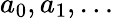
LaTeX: a_{0},a_{1},\dots